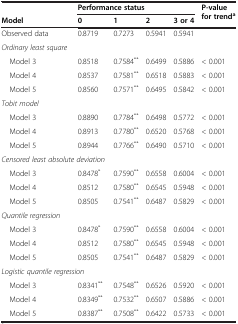
|  | <COLSPAN=4> Performance status | <ROWSPAN=2> P-value for trenda |
 | Model | 0 | 1 | 2 | 3 or 4 |
 | --- | --- | --- | --- | --- | --- |
 | Observed data | 0.8719 | 0.7273 | 0.5941 | 0.5941 |  |
 | Ordinary least square |  |  |  |  |  |
 | Model 3 | 0.8518 | 0.7584** | 0.6499 | 0.5886 | < 0.001 |
 | Model 4 | 0.8537 | 0.7581** | 0.6518 | 0.5883 | < 0.001 |
 | Model 5 | 0.8560 | 0.7571** | 0.6495 | 0.5842 | < 0.001 |
 | Tobit model |  |  |  |  |  |
 | Model 3 | 0.8890 | 0.7784** | 0.6498 | 0.5772 | < 0.001 |
 | Model 4 | 0.8913 | 0.7780** | 0.6520 | 0.5768 | < 0.001 |
 | Model 5 | 0.8944 | 0.7766** | 0.6490 | 0.5710 | < 0.001 |
 | <COLSPAN=2> Censored least absolute deviation |  |  |  |  |
 | Model 3 | 0.8478* | 0.7590** | 0.6558 | 0.6004 | < 0.001 |
 | Model 4 | 0.8512 | 0.7580** | 0.6545 | 0.5948 | < 0.001 |
 | Model 5 | 0.8505 | 0.7541** | 0.6487 | 0.5829 | < 0.001 |
 | Quantile regression |  |  |  |  |  |
 | Model 3 | 0.8478* | 0.7590** | 0.6558 | 0.6004 | < 0.001 |
 | Model 4 | 0.8512 | 0.7580** | 0.6545 | 0.5948 | < 0.001 |
 | Model 5 | 0.8505 | 0.7541** | 0.6487 | 0.5829 | < 0.001 |
 | <COLSPAN=2> Logistic quantile regression |  |  |  |  |
 | Model 3 | 0.8341** | 0.7548** | 0.6526 | 0.5920 | < 0.001 |
 | Model 4 | 0.8349** | 0.7532** | 0.6507 | 0.5886 | < 0.001 |
 | Model 5 | 0.8387** | 0.7508** | 0.6422 | 0.5733 | < 0.001 |